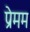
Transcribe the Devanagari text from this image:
प्रेमम